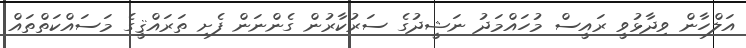
އަލްހާން ވިދާޅުވީ ރައީސް މުހައްމަދު ނަޝީދުގެ ސަރުކާރުން ގެންނަން ފެށި ތަރައްޤީގެ މަސައްކަތްތައް